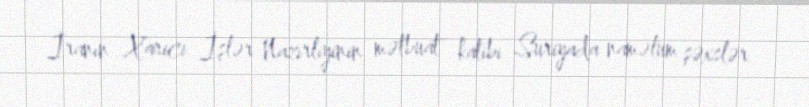
İranın Xarici İşlər Nazirliyinin mətbuat katibi Suriyada naməlum şəxslər